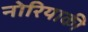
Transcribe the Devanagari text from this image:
नोरियाकी